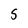
Character: S